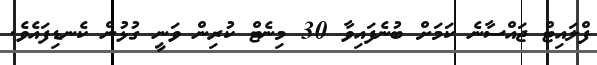
ފްލައިޓް ޖައްސާނެ ކަމަށް ބުނެފައިވާ 30 މިނެޓް ކުރިން ވަނީ ގުޅުން ކެނޑިފައެވެ.